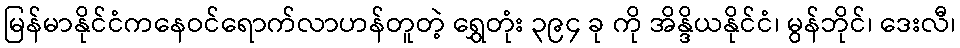
မြန်မာနိုင်ငံကနေဝင်ရောက်လာဟန်တူတဲ့ ရွှေတုံး ၃၉၄ ခု ကို အိန္ဒိယနိုင်ငံ၊ မွန်ဘိုင်၊ ဒေးလီ၊